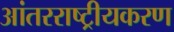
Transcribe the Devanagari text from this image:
आंतरराष्ट्रीयकरण